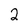
Character: 2